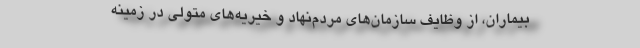
بیماران، از وظایف سازمان‌های مردم‌نهاد و خیریه‌های متولی در زمینه